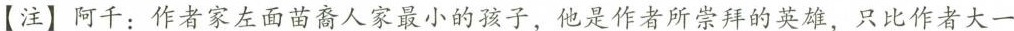
【注】阿千：作者家左面苗人家最小的孩子，他是作者所案拜的英雄，只比作者大一